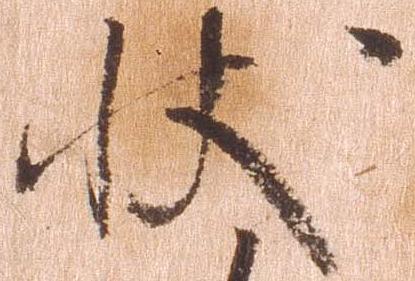
状